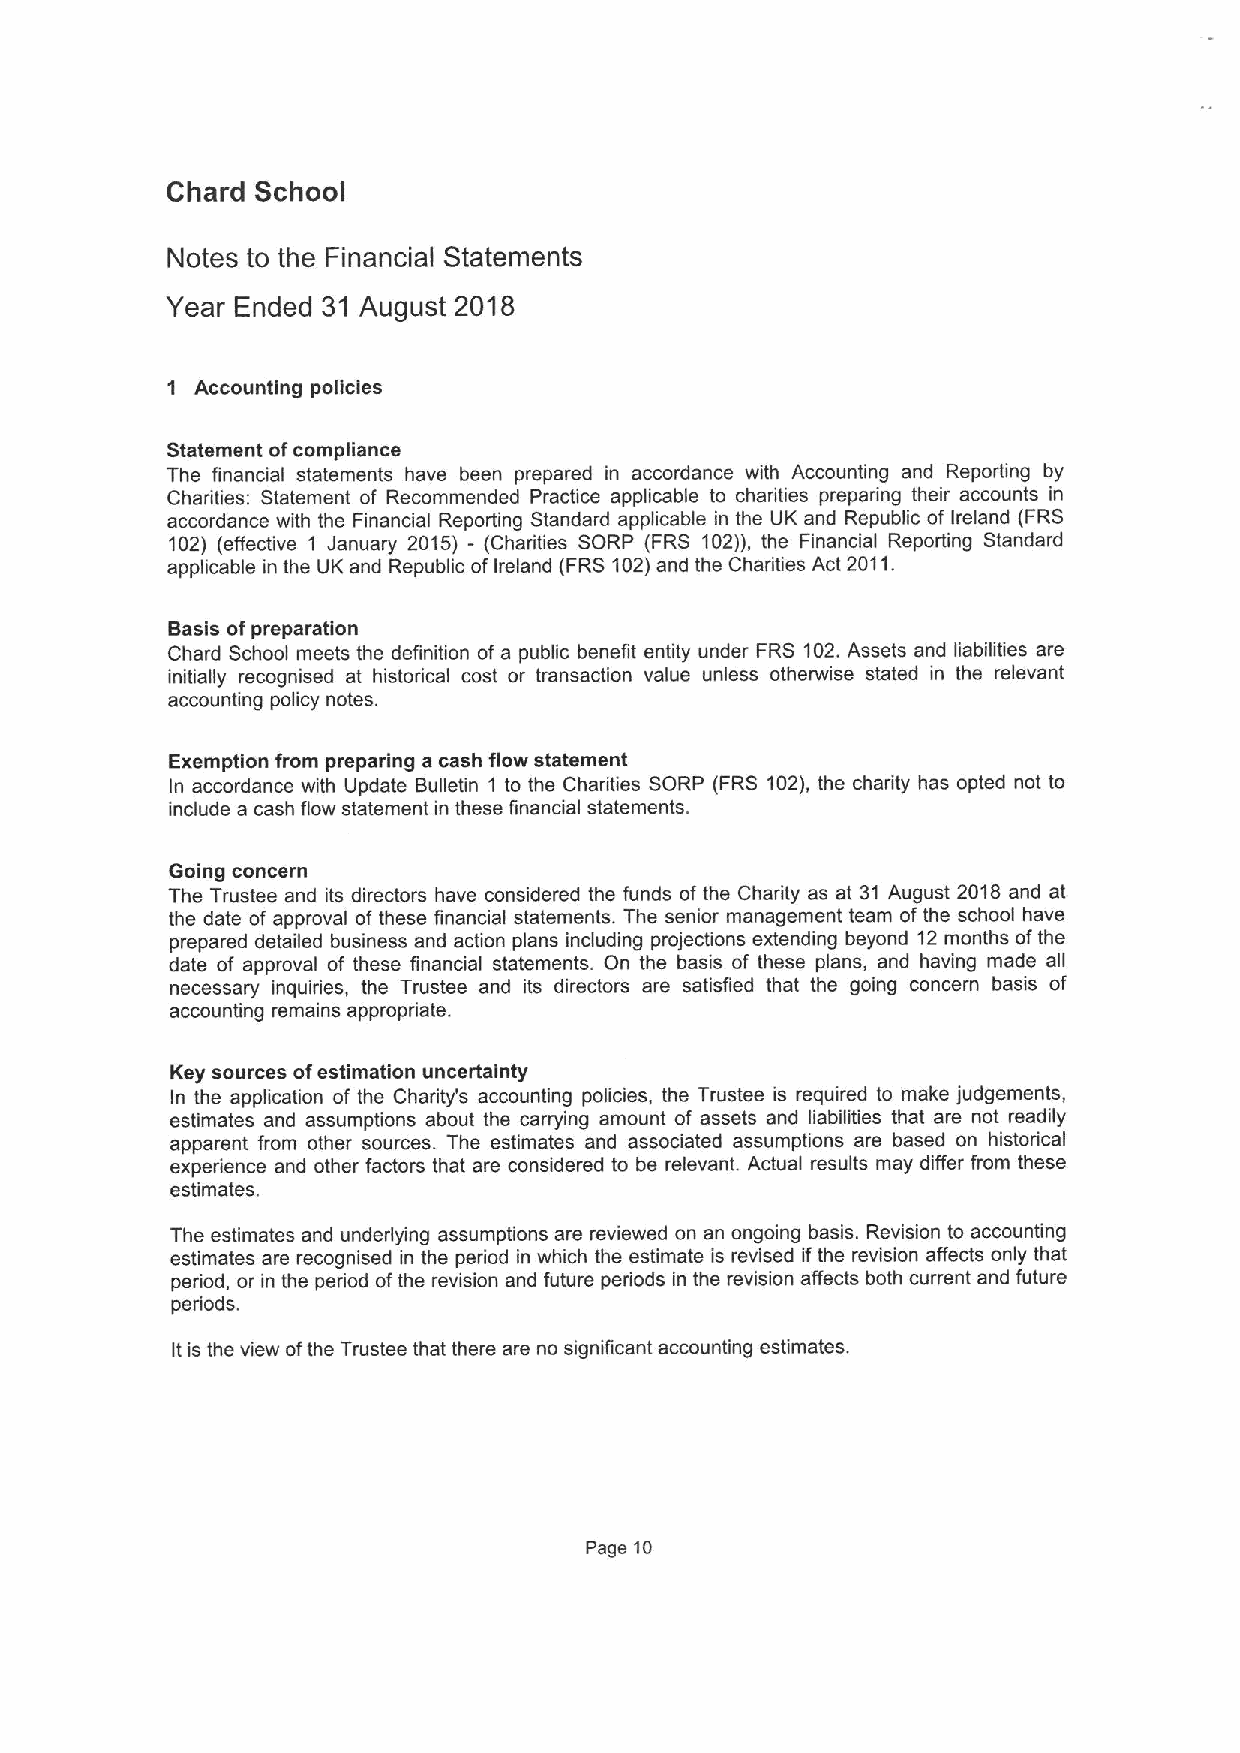
Chard School
 Notes to the Financial Statements
 Year Ended 31 August 2018
 1 Accounting policies
 Statement ofcompliance
 The financial statements have been prepared in accordance with Accounting and Reporting by
 Chadities: Statement of Recommended Practice applicable to charities preparing their accounts in
 accordance with the Financial Reporting Standard applicable in the UK and Republic of Ireland (FRS
 102) (effective 1 January 2015) - (Charities SORP (FRS 102)), the Financial Reporting Standard
 applicable in the UK and Republic of Ireland (FRS102)and the Charities Act 2011.
 Basis ofpreparation
 Chard School meets the definition of a public benefit entity under FRS 102.Assets and liabilities are
 initially recognised at historical cost or transaction value unless otherwise stated in the relevant
 accounting policy notes.
 Exemption from preparing a cash flow statement
 In accordance with Update Bulletin 1 to the Charities SORP (FRS 102), the charity has opted not to
 include a cash flow statement in these financial statements.
 Going concern
 The Trustee and its directors have considered the funds of the Charity as at 31 August 2018 and at
 the date of approval of these financial statements. The senior management team ofthe school have
 prepared detailed business and action plans including projections extending beyond 12months ofthe
 date of approval of these financial statements. On the basis of these plans, and having made all
 necessary inquiries, the Trustee and its directors are satisfied that the going concern basis of
 accounting remains appropriate.
 Key sources ofestimation uncertainty
 In the application of the Charity's accounting policies, the Trustee is required to make judgements,
 estimates and assumptions about the carrying amount of assets and liabilities that are not readily
 apparent from other sources. The estimates and associated assumptions are based on historical
 experience and other factors that are considered to be relevant. Actual results may differ from these
 estimates.
 The estimates and underlying assumptions are reviewed on an ongoing basis. Revision to accounting
 estimates are recognised in the period in which the estimate is revised ifthe revision affects only that
 period, or in the period ofthe revision and future periods in the revision affects both current and future
 penods.
 Itis the view ofthe Trustee that there are no significant accounting estimates.
 Page 10